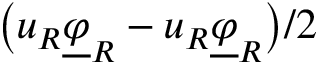
\big ( u _ { R } \underline { { \varphi } } _ { R } - u _ { R } \underline { { \varphi } } _ { R } \big ) / 2